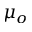
\mu _ { o }